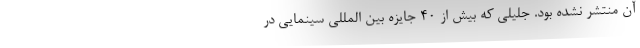
آن منتشر نشده بود. جلیلی که بیش از 40 جایزه بین المللی سینمایی در